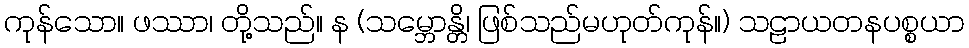
ကုန်သော။ ဖဿာ၊ တို့သည်။ န (သမ္ဘောန္တိ၊ ဖြစ်သည်မဟုတ်ကုန်။) သဠာယတနပစ္စယာ